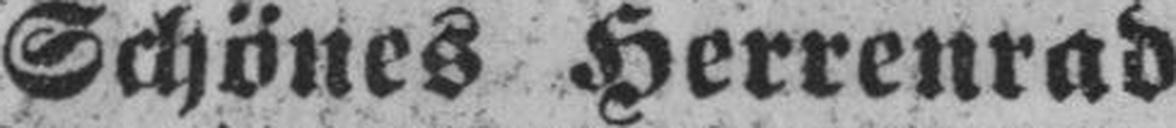
Schönes Herrenrad